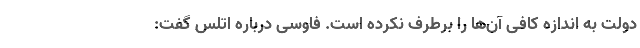
دولت به اندازه کافی آن‌ها را برطرف نکرده است. فاوسی درباره اتلس گفت: